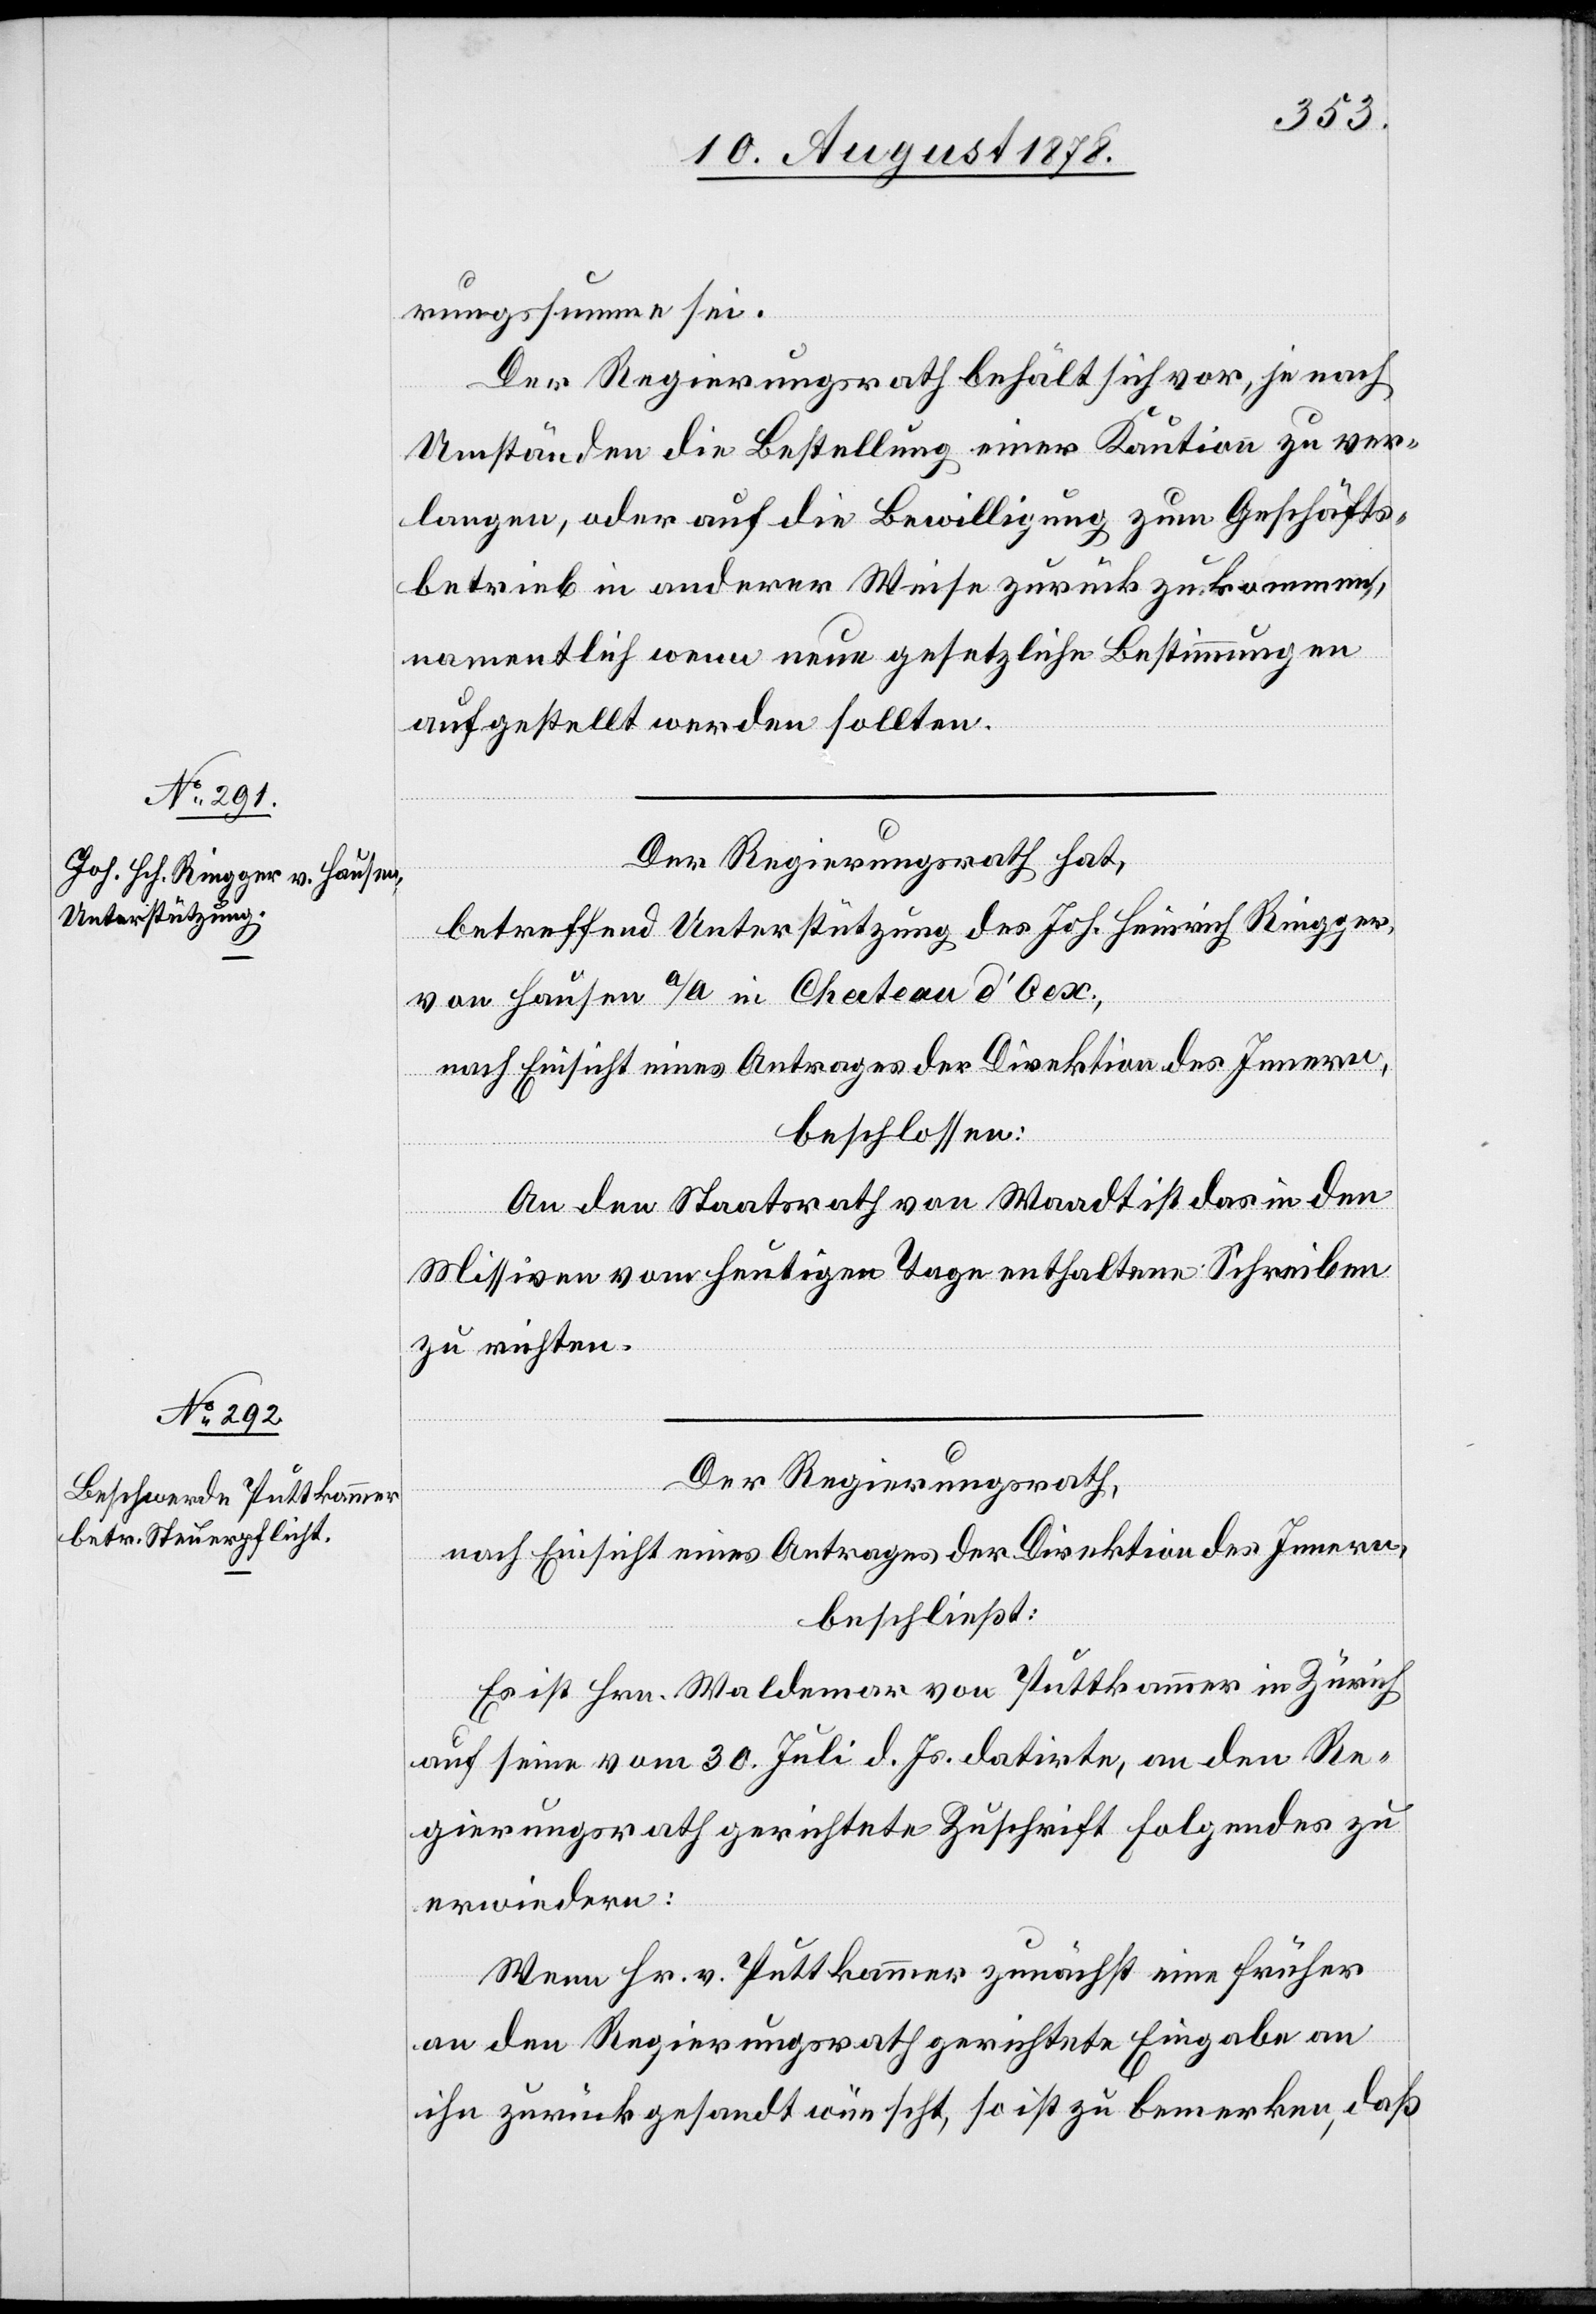
rungssumme sei.
Der Regierungsrath behält sich vor, je nach
Umständen die Bestellung einer Kaution zu ver¬
langen, oder auf die Bewilligung zum Geschäfts¬
betrieb in anderer Weise zurückzukommen,
namentlich wenn neue gesetzliche Bestimmungen
aufgestellt werden sollten.
Der Regierungsrath hat,
betreffend Unterstützung des Joh. Heinrich Riegger,
von Hausen a/A. in Chateau d’Oex,
nach Einsicht eines Antrages der Direktion des Innern,
beschlossen:
An den Staatsrath von Waadt ist das in den
Missiven vom heutigen Tage enthaltene Schreiben
zu richten.
Der Regierungsrath,
nach Einsicht eines Antrages der Direktion des Innern,
beschließt:
Es ist Hrn. Waldemar von Puttkammer in Zürich
auf sein vom 30. Juli d. Js. datirte, an den Re¬
gierungsrath gerichtete Zuschrift Folgendes zu
erwiedern:
Wenn Hr. v. Puttkammer zunächst eine früher
an den Regierungsrath gerichtete Eingabe an
ihn zurückgesandt wünscht, so ist zu bemerken, daß